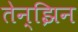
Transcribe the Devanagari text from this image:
तेन्झिन